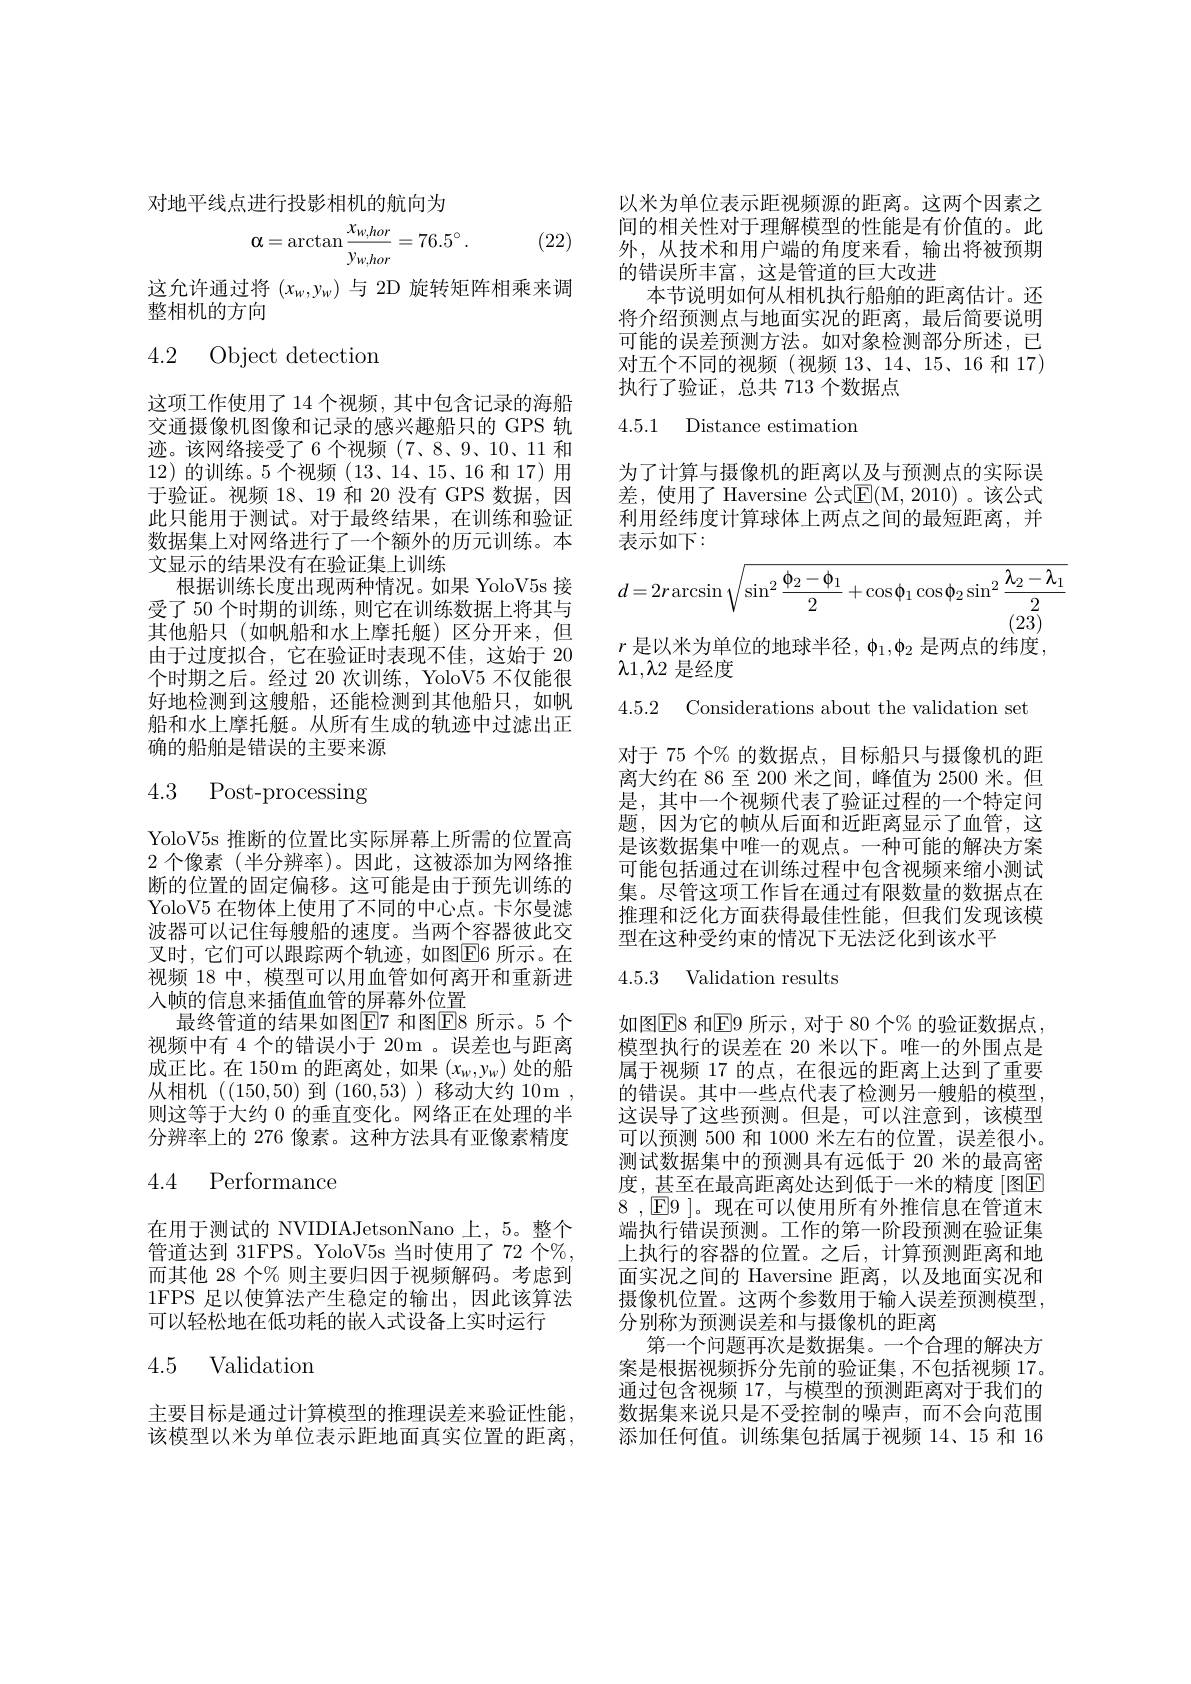
对地平线点进行投影相机的航向为

(22)
$$\alpha=\arctan\frac{x_{w,hor}}{y_{w,hor}}=76.5^{\circ}\:.$$
这允许通过将$(x_w,y_w)$与 2D 旋转矩阵相乘来调
整相机的方向

4.2 Object detection

这项工作使用了14 个视频，其中包含记录的海船交通摄像机图像和记录的感兴趣船只的 GPS 轨迹。该网络接受了6个视频(7、8、9、10、11 和12)的训练。5 个视频 (13、14、15、16 和 17)用于验证。视频 18、19 和 20 没有 GPS 数据，因此只能用于测试。对于最终结果，在训练和验证数据集上对网络进行了一个额外的历元训练。本文显示的结果没有在验证集上训练
根据训练长度出现两种情况。如果 YoloV5s 接受了 50 个时期的训练，则它在训练数据上将其与其他船只(如帆船和水上摩托艇)区分开来，但由于过度拟合，它在验证时表现不佳，这始于 20个时期之后。经过 20 次训练，YoloV5 不仅能很好地检测到这艘船，还能检测到其他船只，如帆船和水上摩托艇。从所有生成的轨迹中过滤出正确的船舶是错误的主要来源

4.3 Post-processing

YoloV5s 推断的位置比实际屏幕上所需的位置高2 个像素 (半分辨率)。因此，这被添加为网络推断的位置的固定偏移。这可能是由于预先训练的YoloV5 在物体上使用了不同的中心点。卡尔曼滤波器可以记住每艘船的速度。当两个容器彼此交叉时，它们可以跟踪两个轨迹，如图$\boxed{\mathrm{E}}6$ 所示。在视频 18 中，模型可以用血管如何离开和重新进入帧的信息来插值血管的屏幕外位置
最终管道的结果如图$\overline{\mathbb{F}}$7 和图E8 所示。5 个视频中有 4 个的错误小于 20m 。误差也与距离成正比。在 150m 的距离处，如果$(x_w,y_w)$处的船从相机((150,50)到(160,53))移动大约10m， 则这等于大约 0 的垂直变化。网络正在处理的半分辨率上的 276 像素。这种方法具有亚像素精度

## 4.4 Performance

在用于测试的 NVIDIAJetsonNano 上，5。整个管道达到 31FPS。YoloV5s 当时使用了 72 个%, 而其他 28 个% 则主要归因于视频解码。考虑到1FPS 足以使算法产生稳定的输出，因此该算法可以轻松地在低功耗的嵌入式设备上实时运行

## 4.5 Validation

主要目标是通过计算模型的推理误差来验证性能， 该模型以米为单位表示距地面真实位置的距离，

以米为单位表示距视频源的距离。这两个因素之间的相关性对于理解模型的性能是有价值的。此外，从技术和用户端的角度来看，输出将被预期的错误所丰富，这是管道的巨大改进
本节说明如何从相机执行船舶的距离估计。还将介绍预测点与地面实况的距离，最后简要说明可能的误差预测方法。如对象检测部分所述，已对五个不同的视频(视频 13、14、15、16 和 17) 执行了验证，总共 713 个数据点

## 4.5.1 Distance estimation

为了计算与摄像机的距离以及与预测点的实际误差，使用了 Haversine 公式$\mathbb{E}($M,2010)。该公式利用经纬度计算球体上两点之间的最短距离，并表示如下：
$$d=2r\arcsin\sqrt{\sin^2\frac{\phi_2-\phi_1}{2}+\cos\phi_1\cos\phi_2\sin^2\frac{\lambda_2-\lambda_1}{2}}$$
(23)

$r$ 是以米为单位的地球半径，$\phi_1,\phi_2$ 是两点的纬度，
$\lambda1,\lambda2$是经度

4.5.2 Considerations about the validation set

对于 75 个% 的数据点，目标船只与摄像机的距离大约在 86 至 200 米之间，峰值为 2500 米。但是，其中一个视频代表了验证过程的一个特定问题，因为它的帧从后面和近距离显示了血管，这是该数据集中唯一的观点。一种可能的解决方案可能包括通过在训练过程中包含视频来缩小测试集。尽管这项工作旨在通过有限数量的数据点在推理和泛化方面获得最佳性能，但我们发现该模型在这种受约束的情况下无法泛化到该水平

## 4.5.3 Validation results

如图$\overline{\mathrm{E8~和}}$E9 所示，对于 80 个% 的验证数据点 , 模型执行的误差在 20 米以下。唯一的外围点是属于视频 17 的点，在很远的距离上达到了重要的错误。其中一些点代表了检测另一艘船的模型这误导了这些预测。但是，可以注意到，该模型可以预测 500 和 1000 米左右的位置，误差很小。测试数据集中的预测具有远低于 20 米的最高密度，甚至在最高距离处达到低于一米的精度 [图E 8 ,$\boxed{\text{E9}}$ ]。现在可以使用所有外推信息在管道末端执行错误预测。工作的第一阶段预测在验证集上执行的容器的位置。之后，计算预测距离和地面实况之间的 Haversine 距离，以及地面实况和摄像机位置。这两个参数用于输入误差预测模型， 分别称为预测误差和与摄像机的距离
第一个问题再次是数据集。一个合理的解决方案是根据视频拆分先前的验证集，不包括视频 17。通过包含视频 17, 与模型的预测距离对于我们的数据集来说只是不受控制的噪声，而不会向范围添加任何值。训练集包括属于视频 14、15 和 16